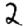
Digit: 2